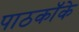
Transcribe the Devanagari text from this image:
पाठकॉके